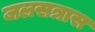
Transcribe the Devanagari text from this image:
जलसत्रास